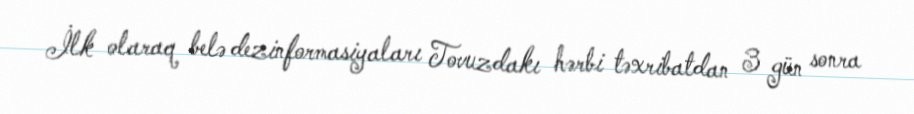
İlk olaraq belə dezinformasiyaları Tovuzdakı hərbi təxribatdan 3 gün sonra